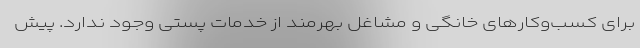
برای کسب‌وکارهای خانگی و مشاغل بهرمند از خدمات پستی وجود ندارد. پیش